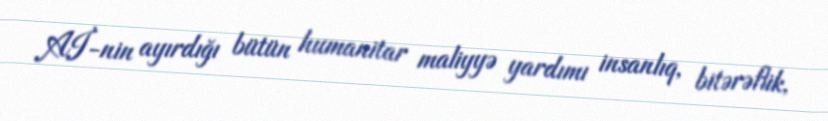
Aİ-nin ayırdığı bütün humanitar maliyyə yardımı insanlıq, bitərəflik,